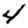
Digit: 4